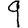
Digit: 9